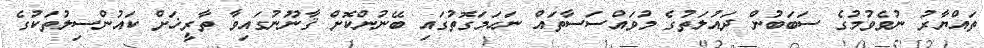
ތައްޔާރު ނުވެވުމުގެ ސަބަބުން ދައުލަތުގެ މުވައްސަސާތައް ނަހަމަގޮތުގައި ބޭނުންކޮށް ޤާނޫނުގައިވާ ތާރީޚަށް ކައުންސިލުތަކުގެ